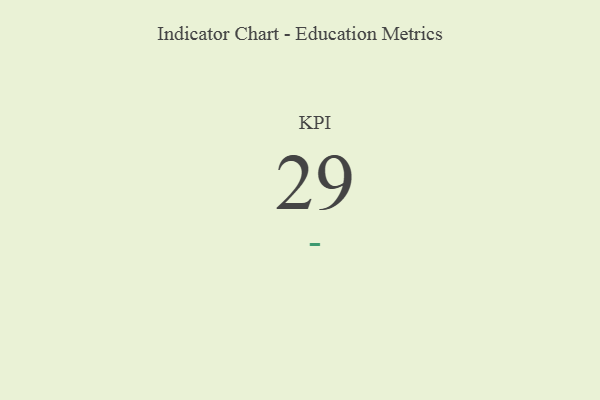
{"axis": {"x": "KPI", "y": "Value"}, "legend": [""], "data": [{"x": "KPI", "y": 29, "type": ""}]}